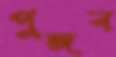
পুঙ্গব